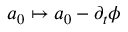
a _ { 0 } \mapsto a _ { 0 } - \partial _ { t } \phi